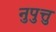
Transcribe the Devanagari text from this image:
नुपुत्तु